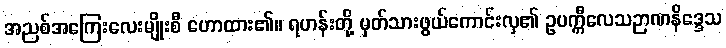
အညစ်အကြေးလေးမျိုးစီ ဟောထား၏။ ရဟန်းတို့ မှတ်သားဖွယ်ကောင်းလှ၏ ဥပက္ကီလေသဉာဏနိဒ္ဒေသ